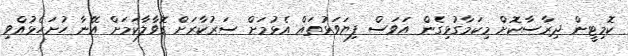
ކޮމިޓީން ދިރާސާކޮށް މިކަމާގުޅިގެން އަވަސް ފިޔަވަޅުތައް އެޅުމަށް ސަރުކާރަށް ގޮވާލާކަމަށް އޭނާ ހުށަހެޅުއްވި